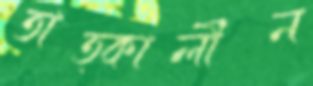
তাত্কালীন